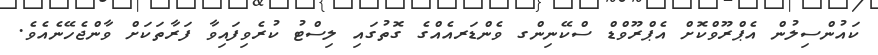
ކައުންސިލުން އެޕްރޫވްކޮށް އެޕްރޫވްޑް ސްކޭނިންގ ވެންޑަރއެއްގެ ގޮތުގައި ލިސްޓު ކުރެވިފައިވާ ފަރާތަކަށް ވާންޖެހޭނެއެވެ.